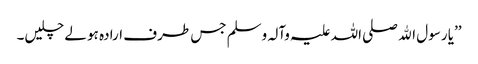
’’یا رسول اﷲ صلی اللہ علیہ وآلہ وسلم جس طرف ارادہ ہو لے چلیں۔